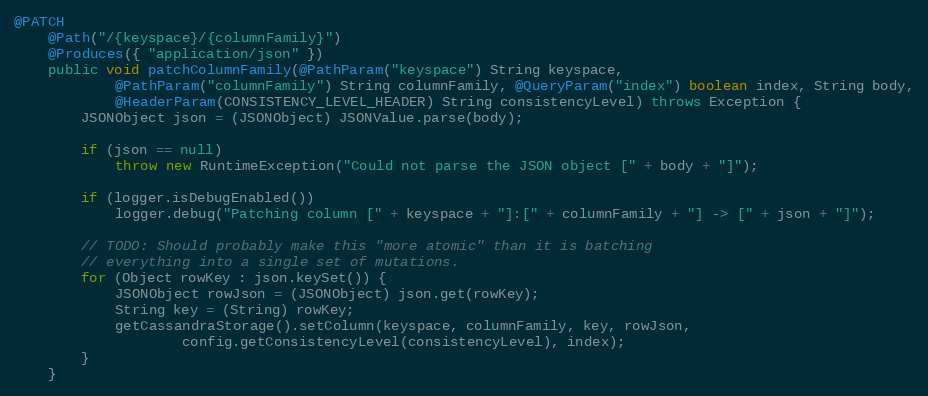
Language: Java
@PATCH
	@Path("/{keyspace}/{columnFamily}")
	@Produces({ "application/json" })
	public void patchColumnFamily(@PathParam("keyspace") String keyspace,
			@PathParam("columnFamily") String columnFamily, @QueryParam("index") boolean index, String body,
			@HeaderParam(CONSISTENCY_LEVEL_HEADER) String consistencyLevel) throws Exception {
		JSONObject json = (JSONObject) JSONValue.parse(body);

		if (json == null)
			throw new RuntimeException("Could not parse the JSON object [" + body + "]");

		if (logger.isDebugEnabled())
			logger.debug("Patching column [" + keyspace + "]:[" + columnFamily + "] -> [" + json + "]");

		// TODO: Should probably make this "more atomic" than it is batching
		// everything into a single set of mutations.
		for (Object rowKey : json.keySet()) {
			JSONObject rowJson = (JSONObject) json.get(rowKey);
			String key = (String) rowKey;
			getCassandraStorage().setColumn(keyspace, columnFamily, key, rowJson,
					config.getConsistencyLevel(consistencyLevel), index);
		}
	}